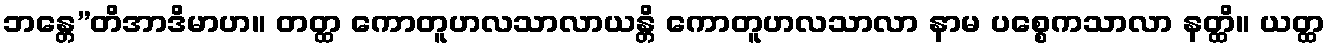
ဘန္တေ”တိအာဒိမာဟ။ တတ္ထ ကောတူဟလသာလာယန္တိ ကောတူဟလသာလာ နာမ ပစ္စေကသာလာ နတ္ထိ။ ယတ္ထ